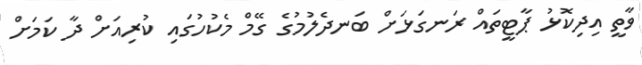
ވާތީ އިދިކޮޅު ޕާޓީތައް ރަނގަޅަށް ބަނދެލުމުގެ ގޭމް މެކުހުގައި ކުރިއަށް ދާ ކަމަށް